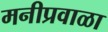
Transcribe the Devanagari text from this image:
मनीप्रवाळा